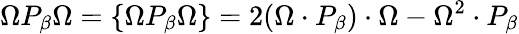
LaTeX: \Omega P_{\beta}\Omega=\{ \Omega P_{\beta}\Omega\} =2(\Omega\cdot P_{\beta})\cdot\Omega-\Omega^{2}\cdot P_{\beta}